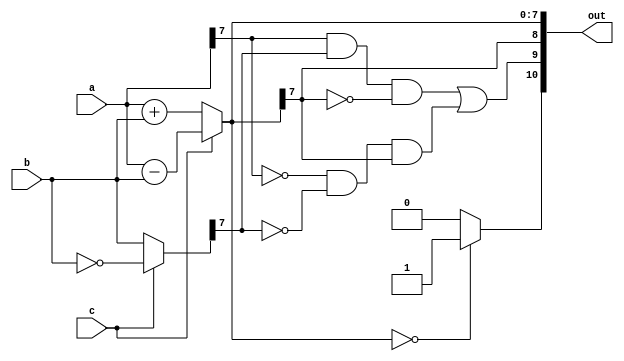
/*
   This file was generated automatically by the Mojo IDE version B1.3.2.
   Do not edit this file directly. Instead edit the original Lucid source.
   This is a temporary file and any changes made to it will be destroyed.
*/

module adder_18 (
    input [7:0] a,
    input [7:0] b,
    input [0:0] c,
    output reg [10:0] out
  );
  
  
  
  reg [7:0] d;
  
  reg [7:0] xb;
  
  always @* begin
    if (c) begin
      xb = ~b;
      d = a - b;
    end else begin
      xb = b;
      d = a + b;
    end
    if (d[0+7-:8] == 8'h00) begin
      out[10+0-:1] = 1'h1;
    end else begin
      out[10+0-:1] = 1'h0;
    end
    out[9+0-:1] = (a[7+0-:1] & xb[7+0-:1] & !(d[7+0-:1])) | (!(a[7+0-:1]) & !(xb[7+0-:1]) & d[7+0-:1]);
    out[8+0-:1] = d[7+0-:1];
    out[0+7-:8] = d;
  end
endmodule